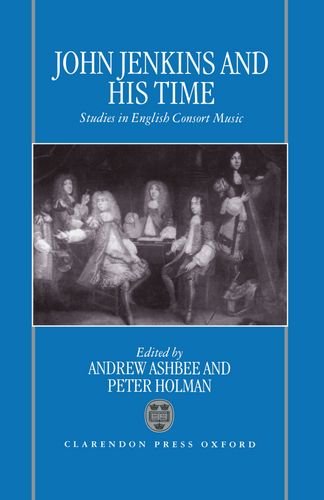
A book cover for John Jenkins and His Time: Studies in English Consort Music; Arts & Photography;